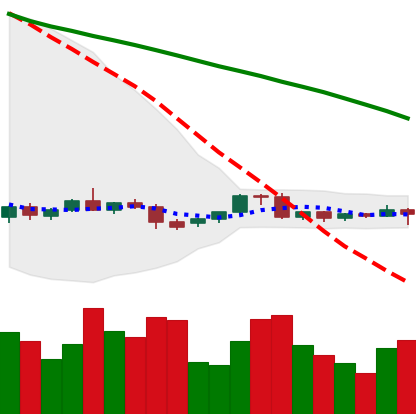
Ticker: EOS-USD
Chart end date: 2022-06-07
Forward return: -18.826%
Label: down_7plus